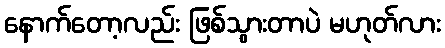
နောက်တော့လည်း ဖြစ်သွားတာပဲ မဟုတ်လား